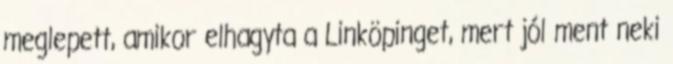
meglepett, amikor elhagyta a Linköpinget, mert jól ment neki